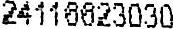
24116623030